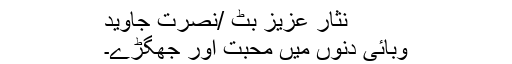
نثار عزیز بٹ /نصرت جاوید
وبائی دنوں میں محبت اور جھگڑے۔